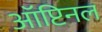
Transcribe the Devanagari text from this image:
ऑप्टिनल